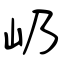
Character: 屷